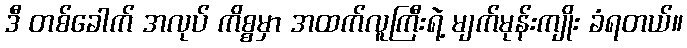
ဒီ တစ်ခေါက် အလုပ် ကိစ္စမှာ အထက်လူကြီးရဲ့ မျက်မုန်းကျိုး ခံရတယ်။